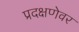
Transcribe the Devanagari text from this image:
प्रदक्षणेवर